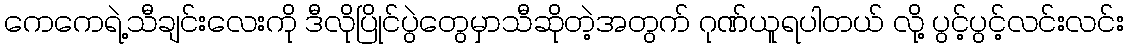
ကေကေရဲ့သီချင်းလေးကို ဒီလိုပြိုင်ပွဲတွေမှာသီဆိုတဲ့အတွက် ဂုဏ်ယူရပါတယ် လို့ ပွင့်ပွင့်လင်းလင်း